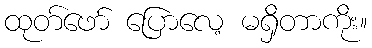
ထုတ်ဖော် ပြောလေ့ မရှိတာကိုး။